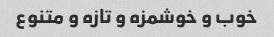
خوب و خوشمزه و تازه و متنوع